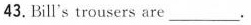
43.Bill's trousers are________.